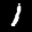
Label: 1